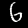
Digit: 6